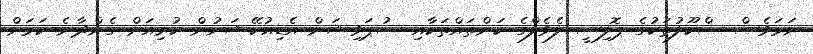
ނަމަވެސް ސްކޫލުތަކުގެ ޕޮލިސީ ލެވެލްގެ ކަންތައްތަކާއި ސުޕަވިޝަން އެޑިއުކޭޝަނުން ކުރިއަށް ގެންދާނެ ކަމަށް